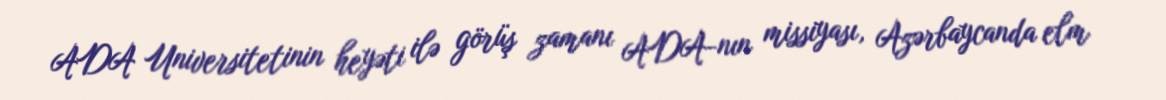
ADA Universitetinin heyəti ilə görüş zamanı ADA-nın missiyası, Azərbaycanda elm